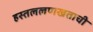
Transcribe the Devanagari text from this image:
हस्तललणखताची